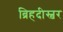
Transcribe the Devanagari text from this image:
ब्रिहदीस्वर